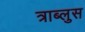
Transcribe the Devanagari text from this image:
त्राब्लुस